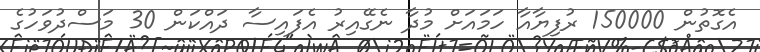
އެގޮތުން 150000 ރުފިޔާއާ ހަމައަށް މުދާ ނެގޭއިރު އެފައިސާ ދައްކަން 30 މަސްދުވަހުގެ